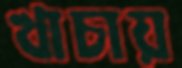
খাচায়